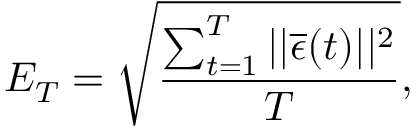
E _ { T } = \sqrt { \frac { \sum _ { t = 1 } ^ { T } | | \overline { { \epsilon } } ( t ) | | ^ { 2 } } { T } } ,